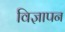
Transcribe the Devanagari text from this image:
विज्ञापन